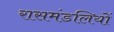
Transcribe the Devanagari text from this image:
रासमंडलियों